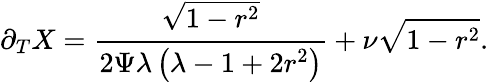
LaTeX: \partial_{T}X=\cfrac{\sqrt{1-r^{2}}}{2\Psi\lambda\left(\lambda-1+2r^{2}\right)}+\nu\sqrt{1-r^{2}}.